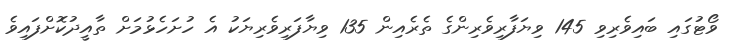
ވޯޓުގައި ބައިވެރިވި 145 ވިޔަފާރިވެރިންގެ ތެރެއިން 135 ވިޔާފަރިވެރިޔަކު އެ ހުށަހެޅުމަށް ތާއީދުކޮށްފައިވެ